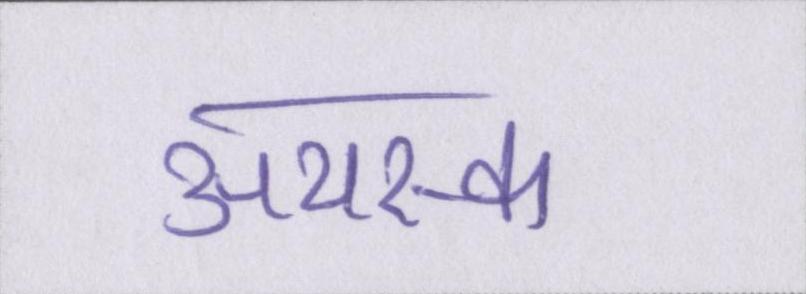
अयस्क